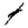
Digit: 4